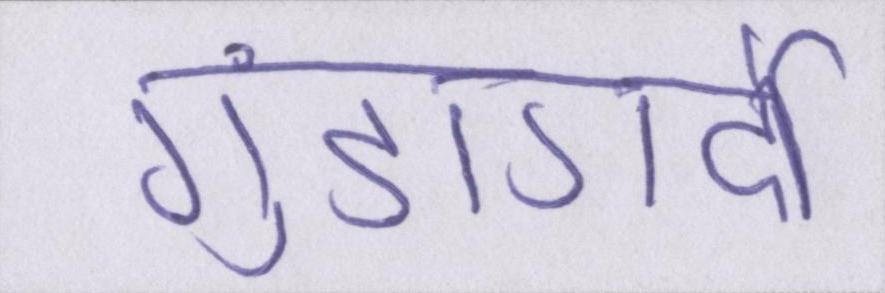
गुंडागर्दी